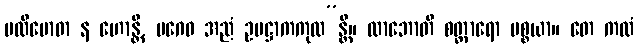
ပလိဗောဓာ န ဟောန္တိ, ပဂေဝ အညံ ဥပဋ္ဌာကကုလ”န္တိ။ လာဘောတိ စတ္တာရော ပစ္စယာ။ တေ ကထံ